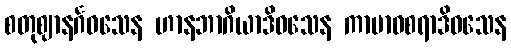
စတုဈာနင်္ဂဝသေန ဟာနဘာဂိယာဒိဝသေန ကာမာဝစရာဒိဝသေန